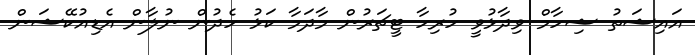
އައިޝަތު ޝިހާމް ވިދާޅުވީ ހުރިހާ ޓީޗަރުން މާދަމާ ކަޅު ހެދުން ނުލާން އެޑިއުކޭޝަން